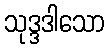
သုဒ္ဒဒါသော